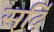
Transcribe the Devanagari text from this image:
सर्दि